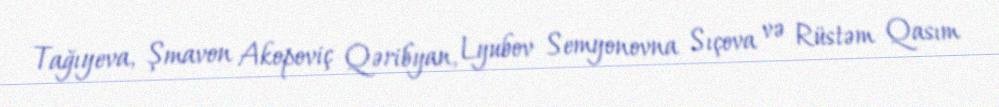
Tağıyeva, Şmavon Akopoviç Qəribyan, Lyubov Semyonovna Sıçova və Rüstəm Qasım